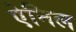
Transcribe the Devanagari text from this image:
ऐनिल